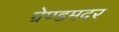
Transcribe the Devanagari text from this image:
ग्रेण्डमदर